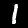
Label: 1